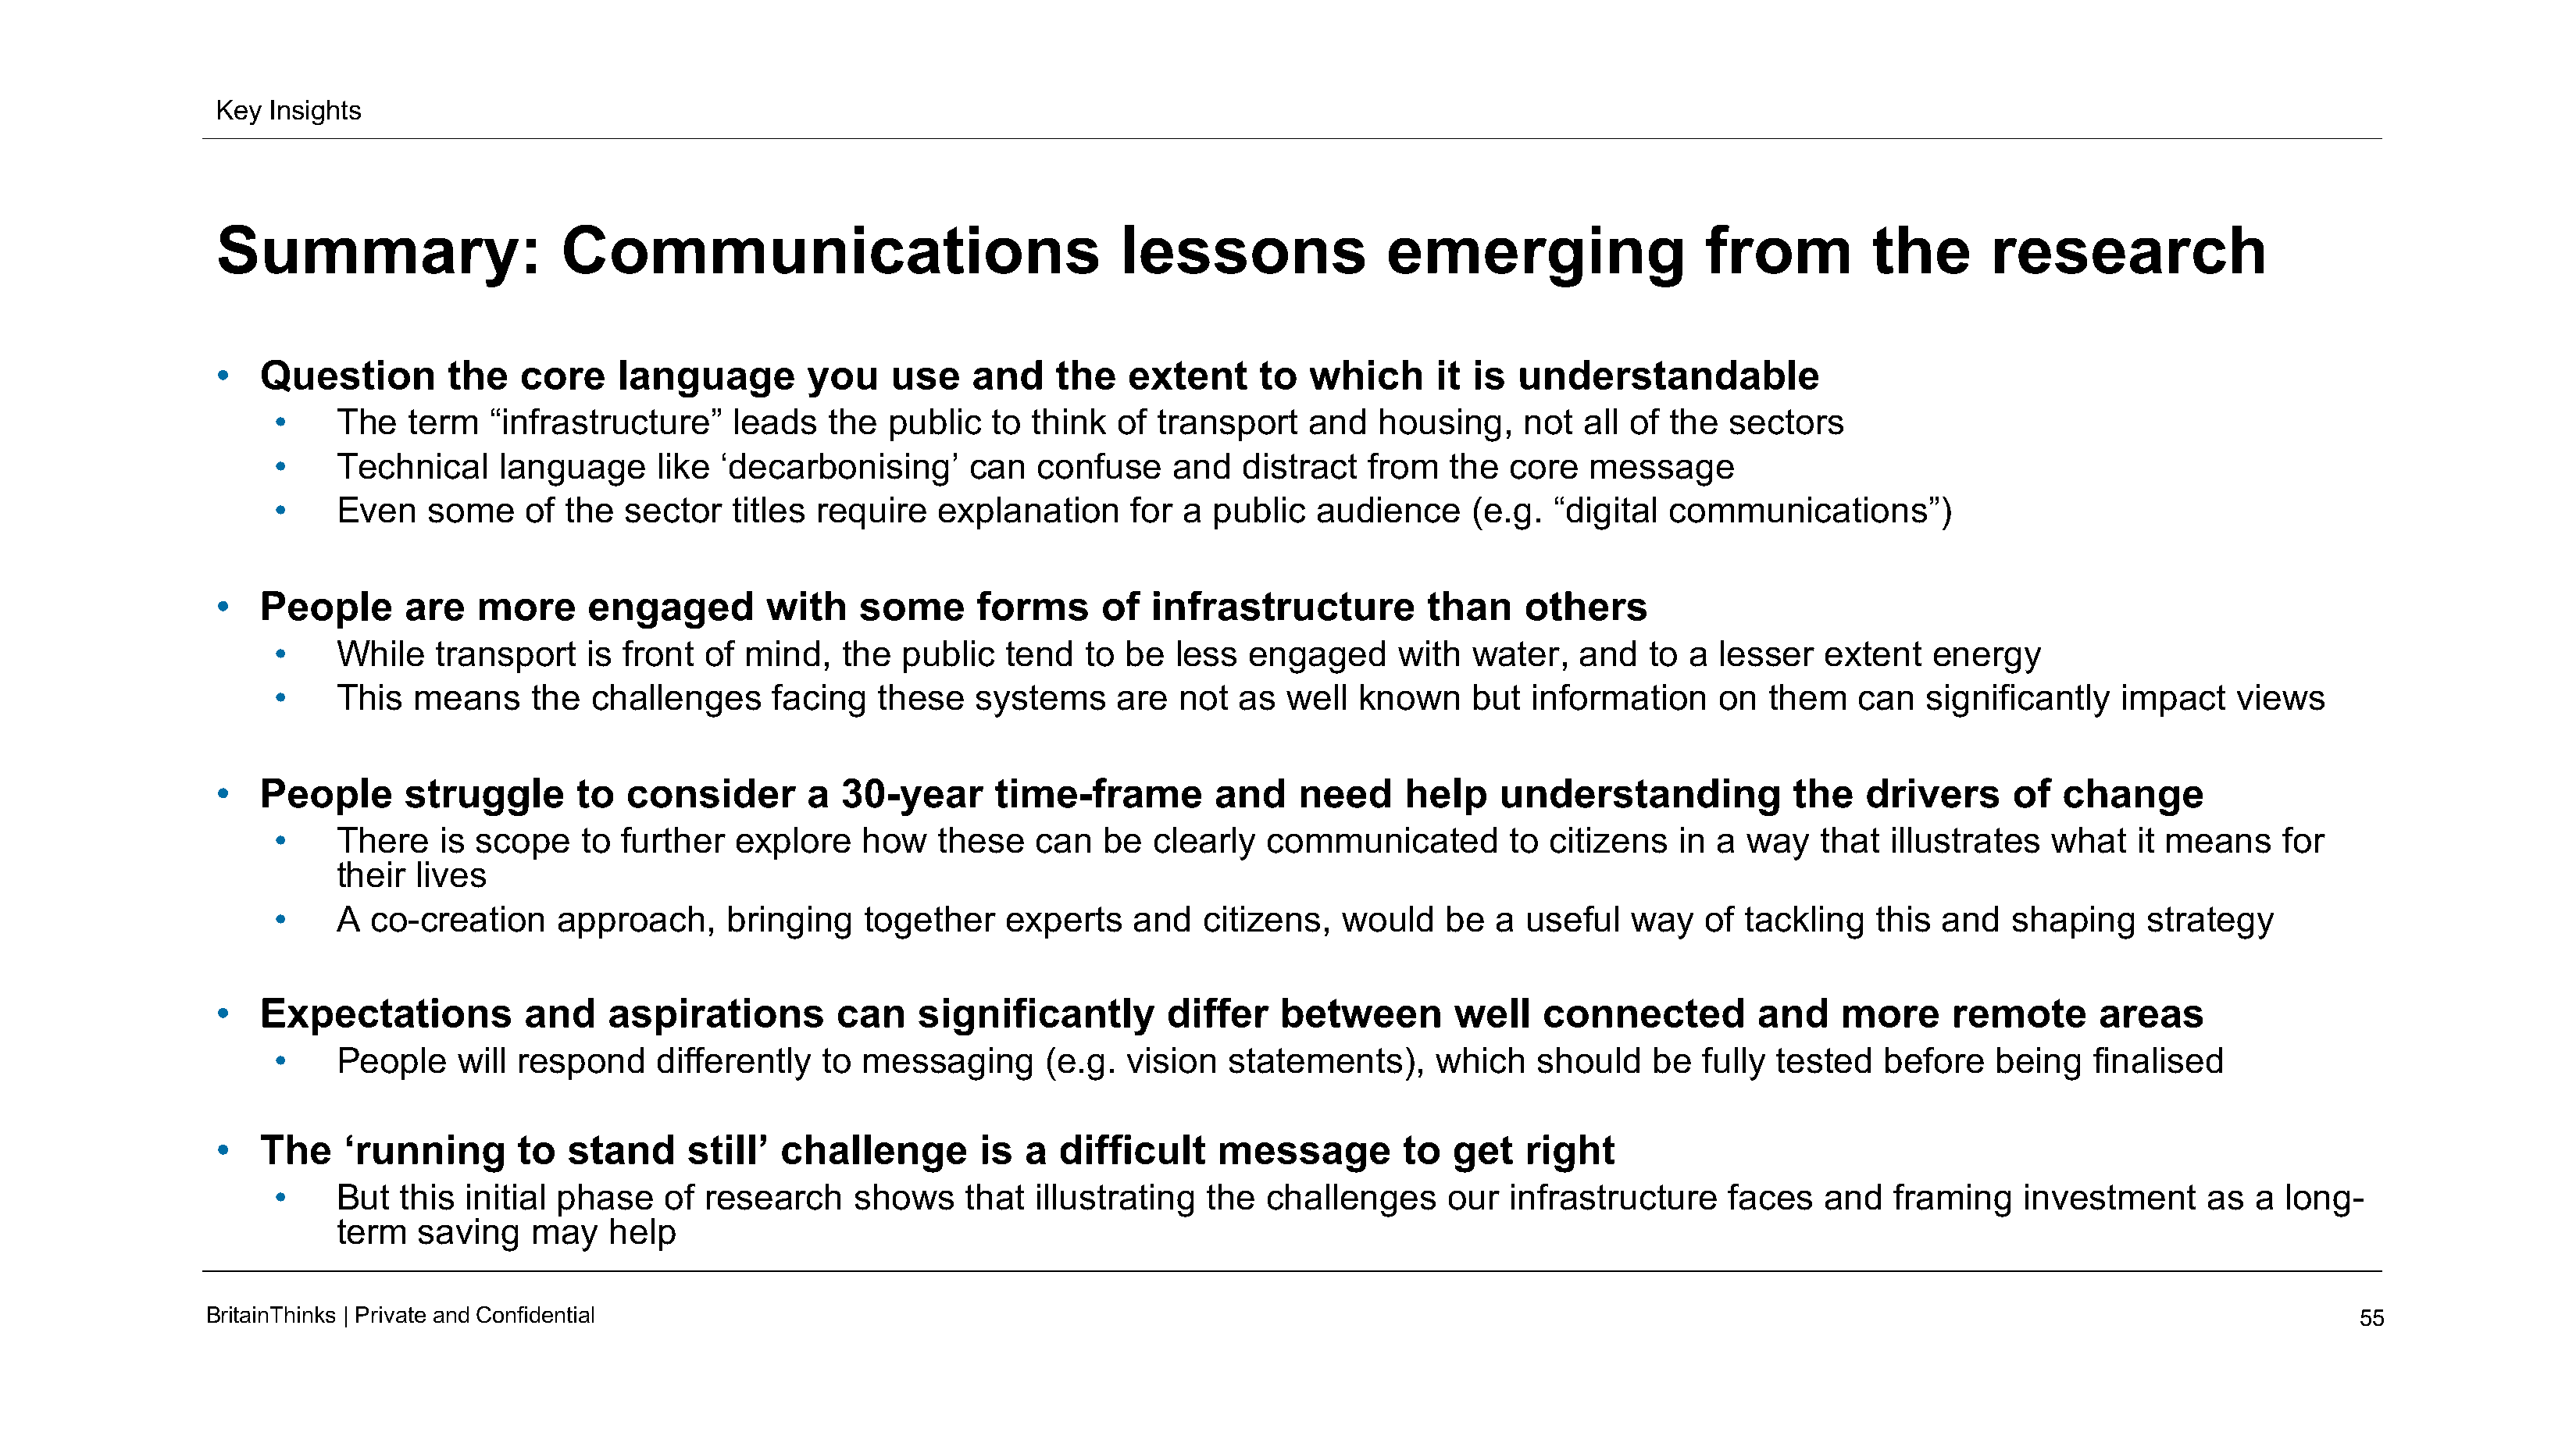
Key  Insights
 Summary:                      Communications                                 lessons                emerging                   from          the       research
 •   Question        the   core    language        you    use    and    the    extent     to  which      it is  understandable
 •     The   term   “infrastructure”    leads   the  public   to think   of transport    and   housing,    not  all of  the  sectors
 •     Technical    language      like ‘decarbonising’      can   confuse    and   distract   from   the  core   message
 •     Even   some     of the  sector   titles require    explanation     for a  public   audience     (e.g.  “digital communications”)
 •   People      are   more      engaged        with    some      forms     of   infrastructure         than    others
 •     While   transport    is front  of mind,   the  public   tend   to be   less  engaged      with  water,   and   to a  lesser   extent   energy
 •     This  means     the  challenges     facing   these    systems     are  not  as  well  known     but  information     on  them    can  significantly    impact    views
 •   People      struggle       to  consider       a  30-year      time-frame         and    need     help    understanding            the   drivers      of  change
 •     There   is scope    to  further  explore    how    these   can   be  clearly  communicated         to citizens   in  a way   that  illustrates   what   it means    for
 their lives
 •     A co-creation     approach,      bringing   together    experts    and   citizens,   would    be  a useful   way    of tackling   this  and   shaping    strategy
 •   Expectations          and     aspirations        can    significantly        differ   between        well    connected         and    more     remote       areas
 •     People    will respond     differently   to messaging       (e.g.  vision  statements),      which   should    be  fully  tested   before   being   finalised
 •   The    ‘running       to  stand     still’  challenge        is  a  difficult    message         to  get   right
 •     But  this initial phase    of  research    shows     that  illustrating  the  challenges      our  infrastructure     faces   and   framing    investment     as  a  long-
 term  saving    may    help
 BritainThinks | Private andConfidential                                                                                                                                                55